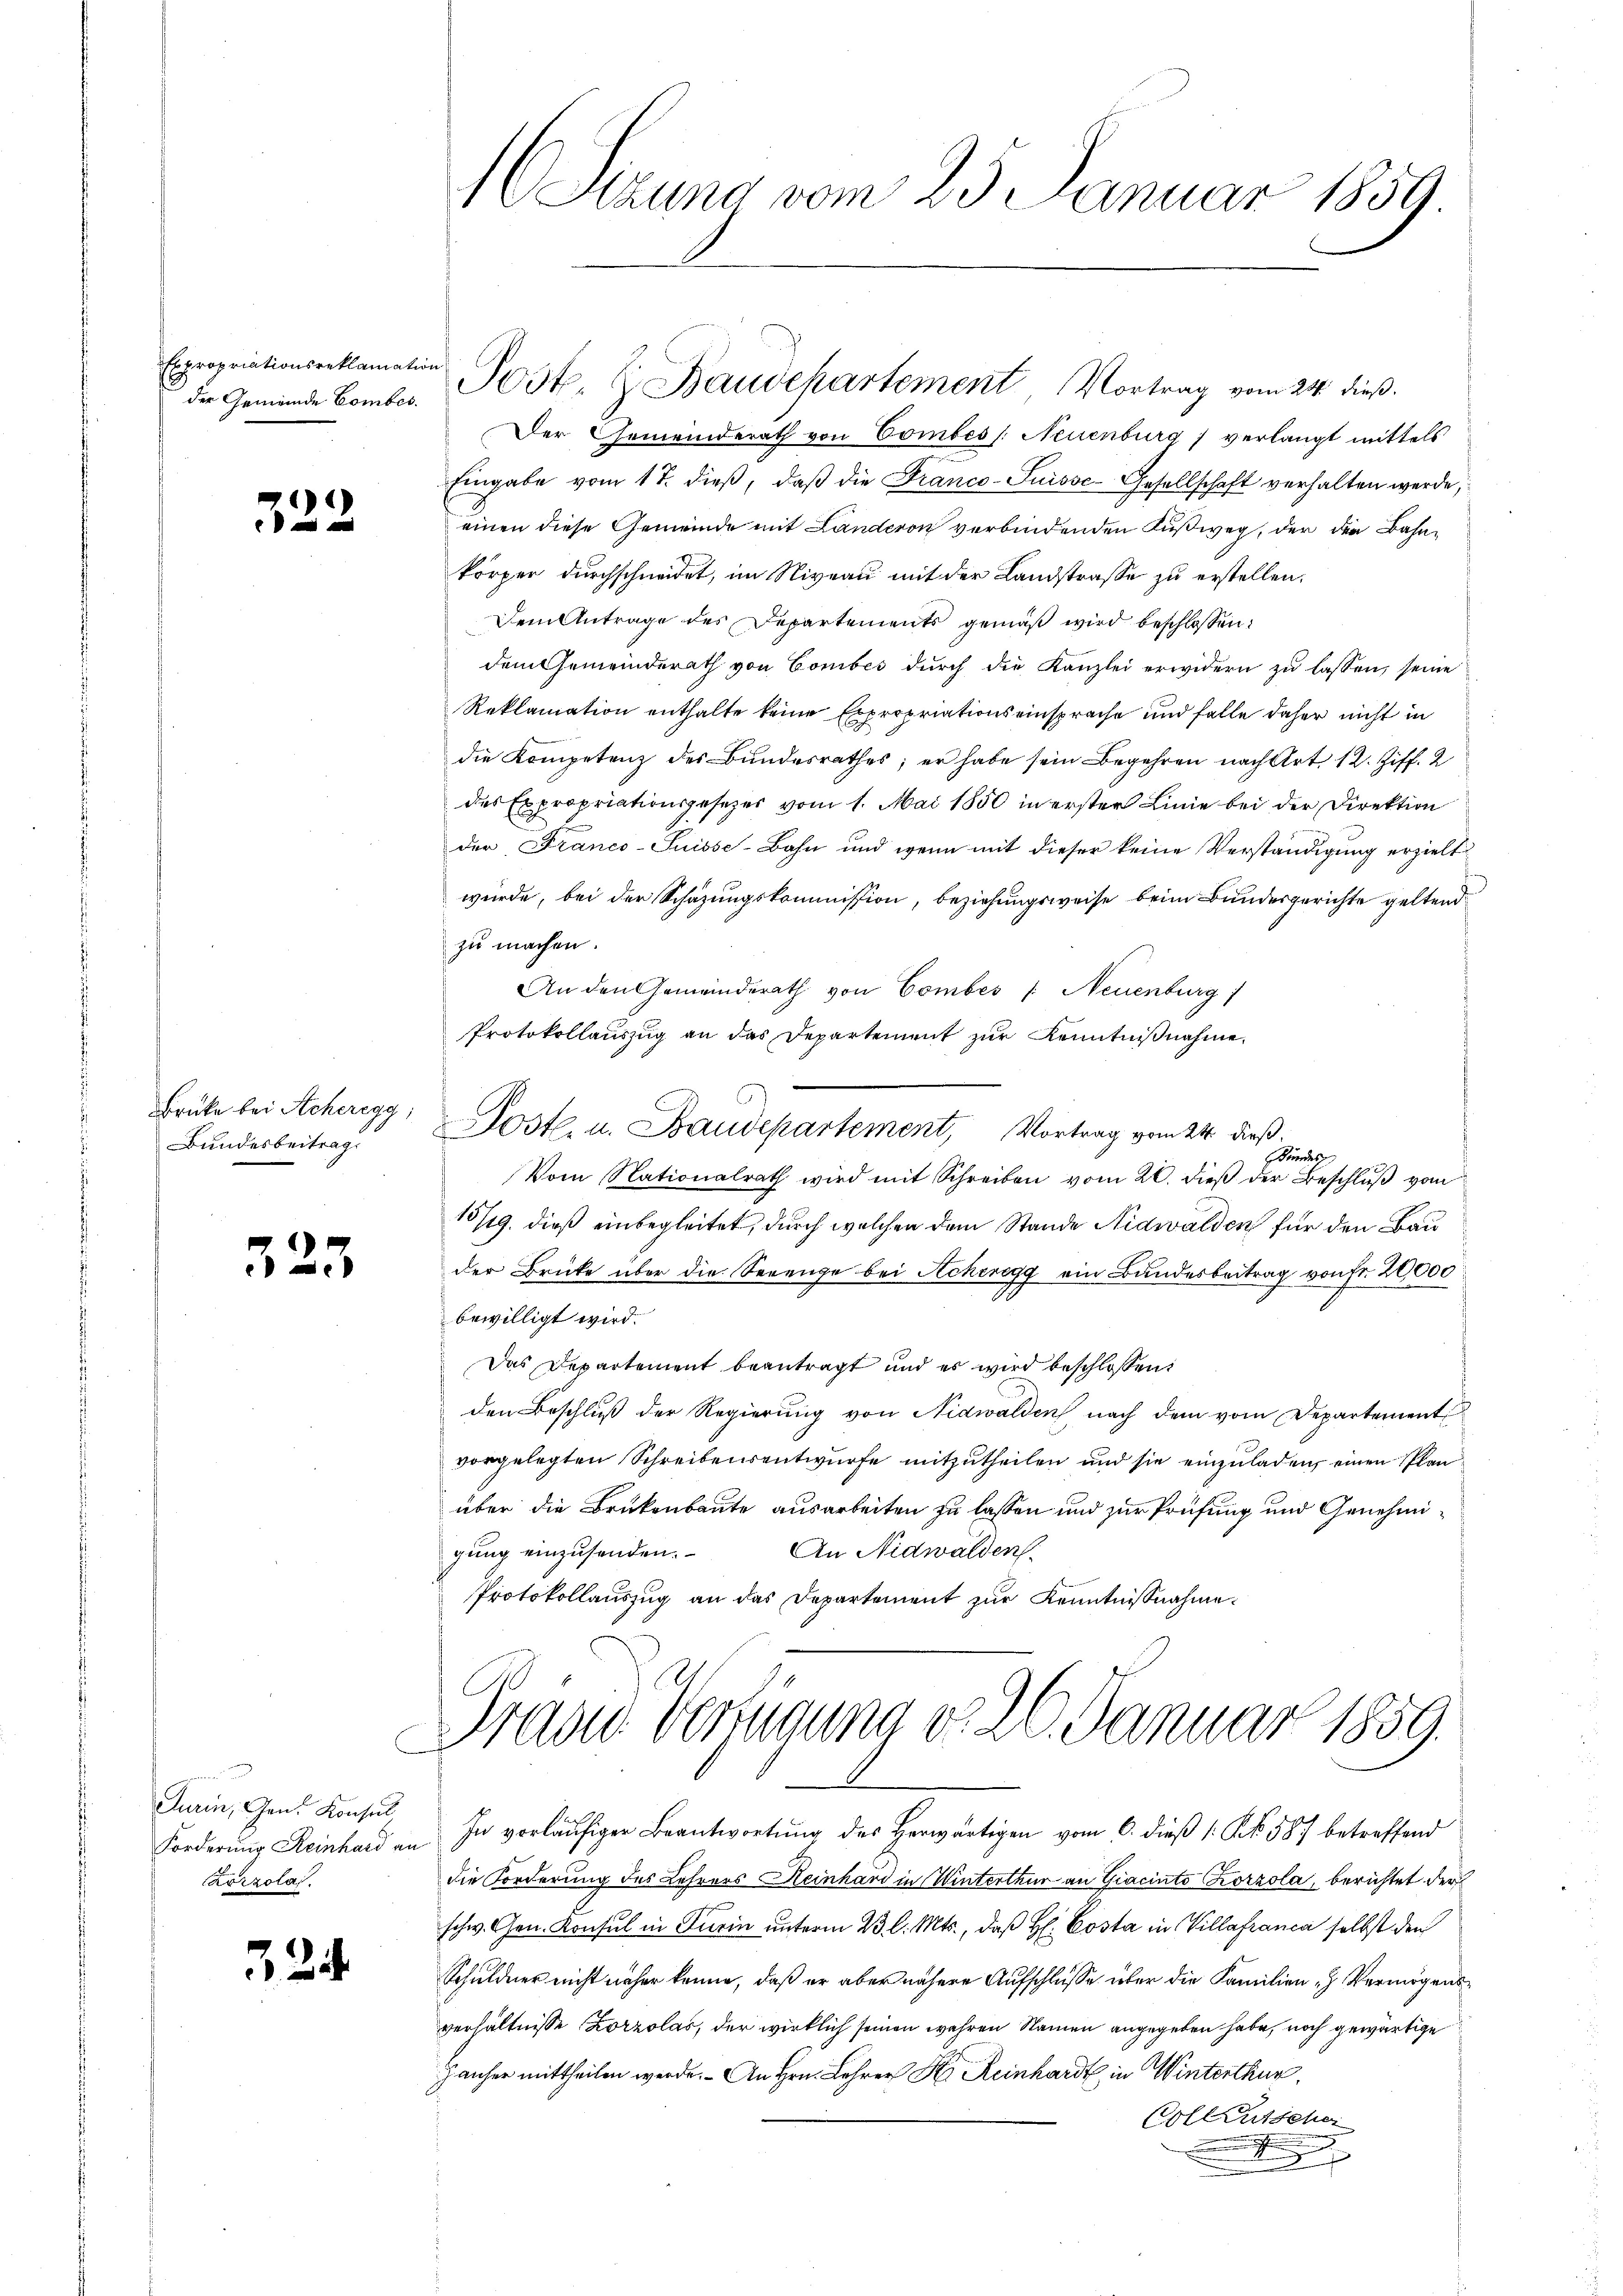
Expropriationsreklamation

)
 und

Bundesbeitrag.

323

Turin, Gen. Konsul
Korzola.

324.

Der Gemeinderath von Combes /: Neuenburg) verlangt mittels
Eingabe vom 17. dieß, daß die Franco-Suisse Gesellschaft verhalten werde,
einen diese Gemeinde mit Landeron verbindenden Fußweg, der den Bahnkörper durchschneidet, im Niveau mit der Landstrasse zu erstellen.
Dem Antrage des Departements gemäß wird beschlossen:
dem Gemeinderath von Comber dŭrch die Kanzlei erwidern zŭ lassen, seine
Reklamation enthalte keine Expropriationseinsprache und falle daher nicht in
die Kompetenz des Bundesrathes; er habe sein Begehren nach Art. 12. Ziff. 2
des Expropriationsgesetzes vom 1. Mai 1850 in erster Linie bei der Direktion
der Franco-Suisse-Bahn und wenn mit dieser keine Verständigung erzielt
würde, bei der Schazungskommission, beziehungsweise beim Bundesgerichte geltend
zu machen.
An den Gemeinderath von Combés /: Neuenburg)
Protokollauszug an das Departement zur Kenntnißnahme,
Brüke bei Acheregg, Poste. u. Baudepartement, Vortrag vom 24. dieß.
Kundes
Vom Nationalrath wird mit Schreiben vom 20. dieβ der Beschlŭβ vom
15/19. dieß einbegleitet, durch welchen dem Stande Nidwalden für den Bau
der Brücke über die Serenge bei Ackeregg ein Bundesbeitrag von fr. 20,000
bewilligt wird.
Das Departement beantragt und es wird beschlossen:
den Beschluß der Regierung von Nidwalden, nach dem vom Departement
vorgelegten Schreibensentwurfe mitzutheilen und sie einzuladen, einen Plan
über die Brükenbaute ausarbeiten zu lassen und zur Prüfung und Genehmigung einzusenden. An Nidwalden
Protokollaŭszŭg an das Departement zŭr Kenntnißnahme.

16 Sizung vom 23. Januar 1859.

der Gemeinde Bomber. Post- & Baudepartement Vortrag vom 24. dieß.

Drade Verzugung d. 26. Januar 1859.

Forderŭng Reinhard an In vorläŭfiger Beantwortŭng des herwärtigen vom 6. dieβ (: No. 587 betreffend
die Forderung des Lehrers Heinhard in Winterthur an Giacinto Korzola, berichtet der
schw. Gen. Konsul in Turin unterm 23. l. Mts., daß H: Costa in Villafranca selbst den
Schuldner nicht näher könne, daß er aber nähere Aufschlüsse über die Familien- Vermögensverhältnisse Korzolas, der wirklich seinen wahren Namen angegeben habe, noch gewärtige
Janher mittheilen werde. An Hrn. Lehrer K. Reinhardt in Winterthur.
Collentscher